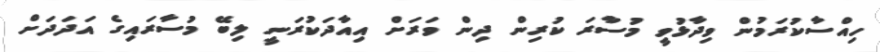
ހިއްސާކުރަމުން ވިދާޅުވީ މުސާރަ ކުރިން ދިން ވަރަށް އިއާދަކުރަނީ ލިބޭ މުސާރައިގެ އަދަދަށް